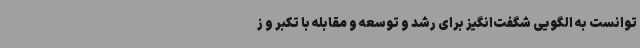
توانست به الگویی شگفت‌انگیز برای رشد و توسعه و مقابله با تکبر و ز